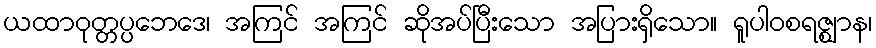
ယထာဝုတ္တပ္ပဘေဒေ၊ အကြင် အကြင် ဆိုအပ်ပြီးသော အပြားရှိသော။ ရူပါဝစရဇ္ဈာန၊